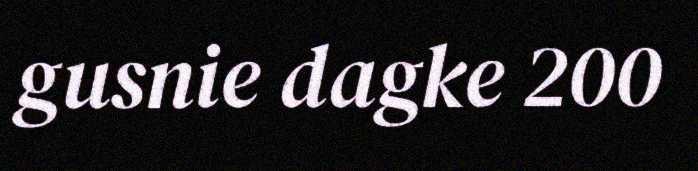
gusnie dagke 200